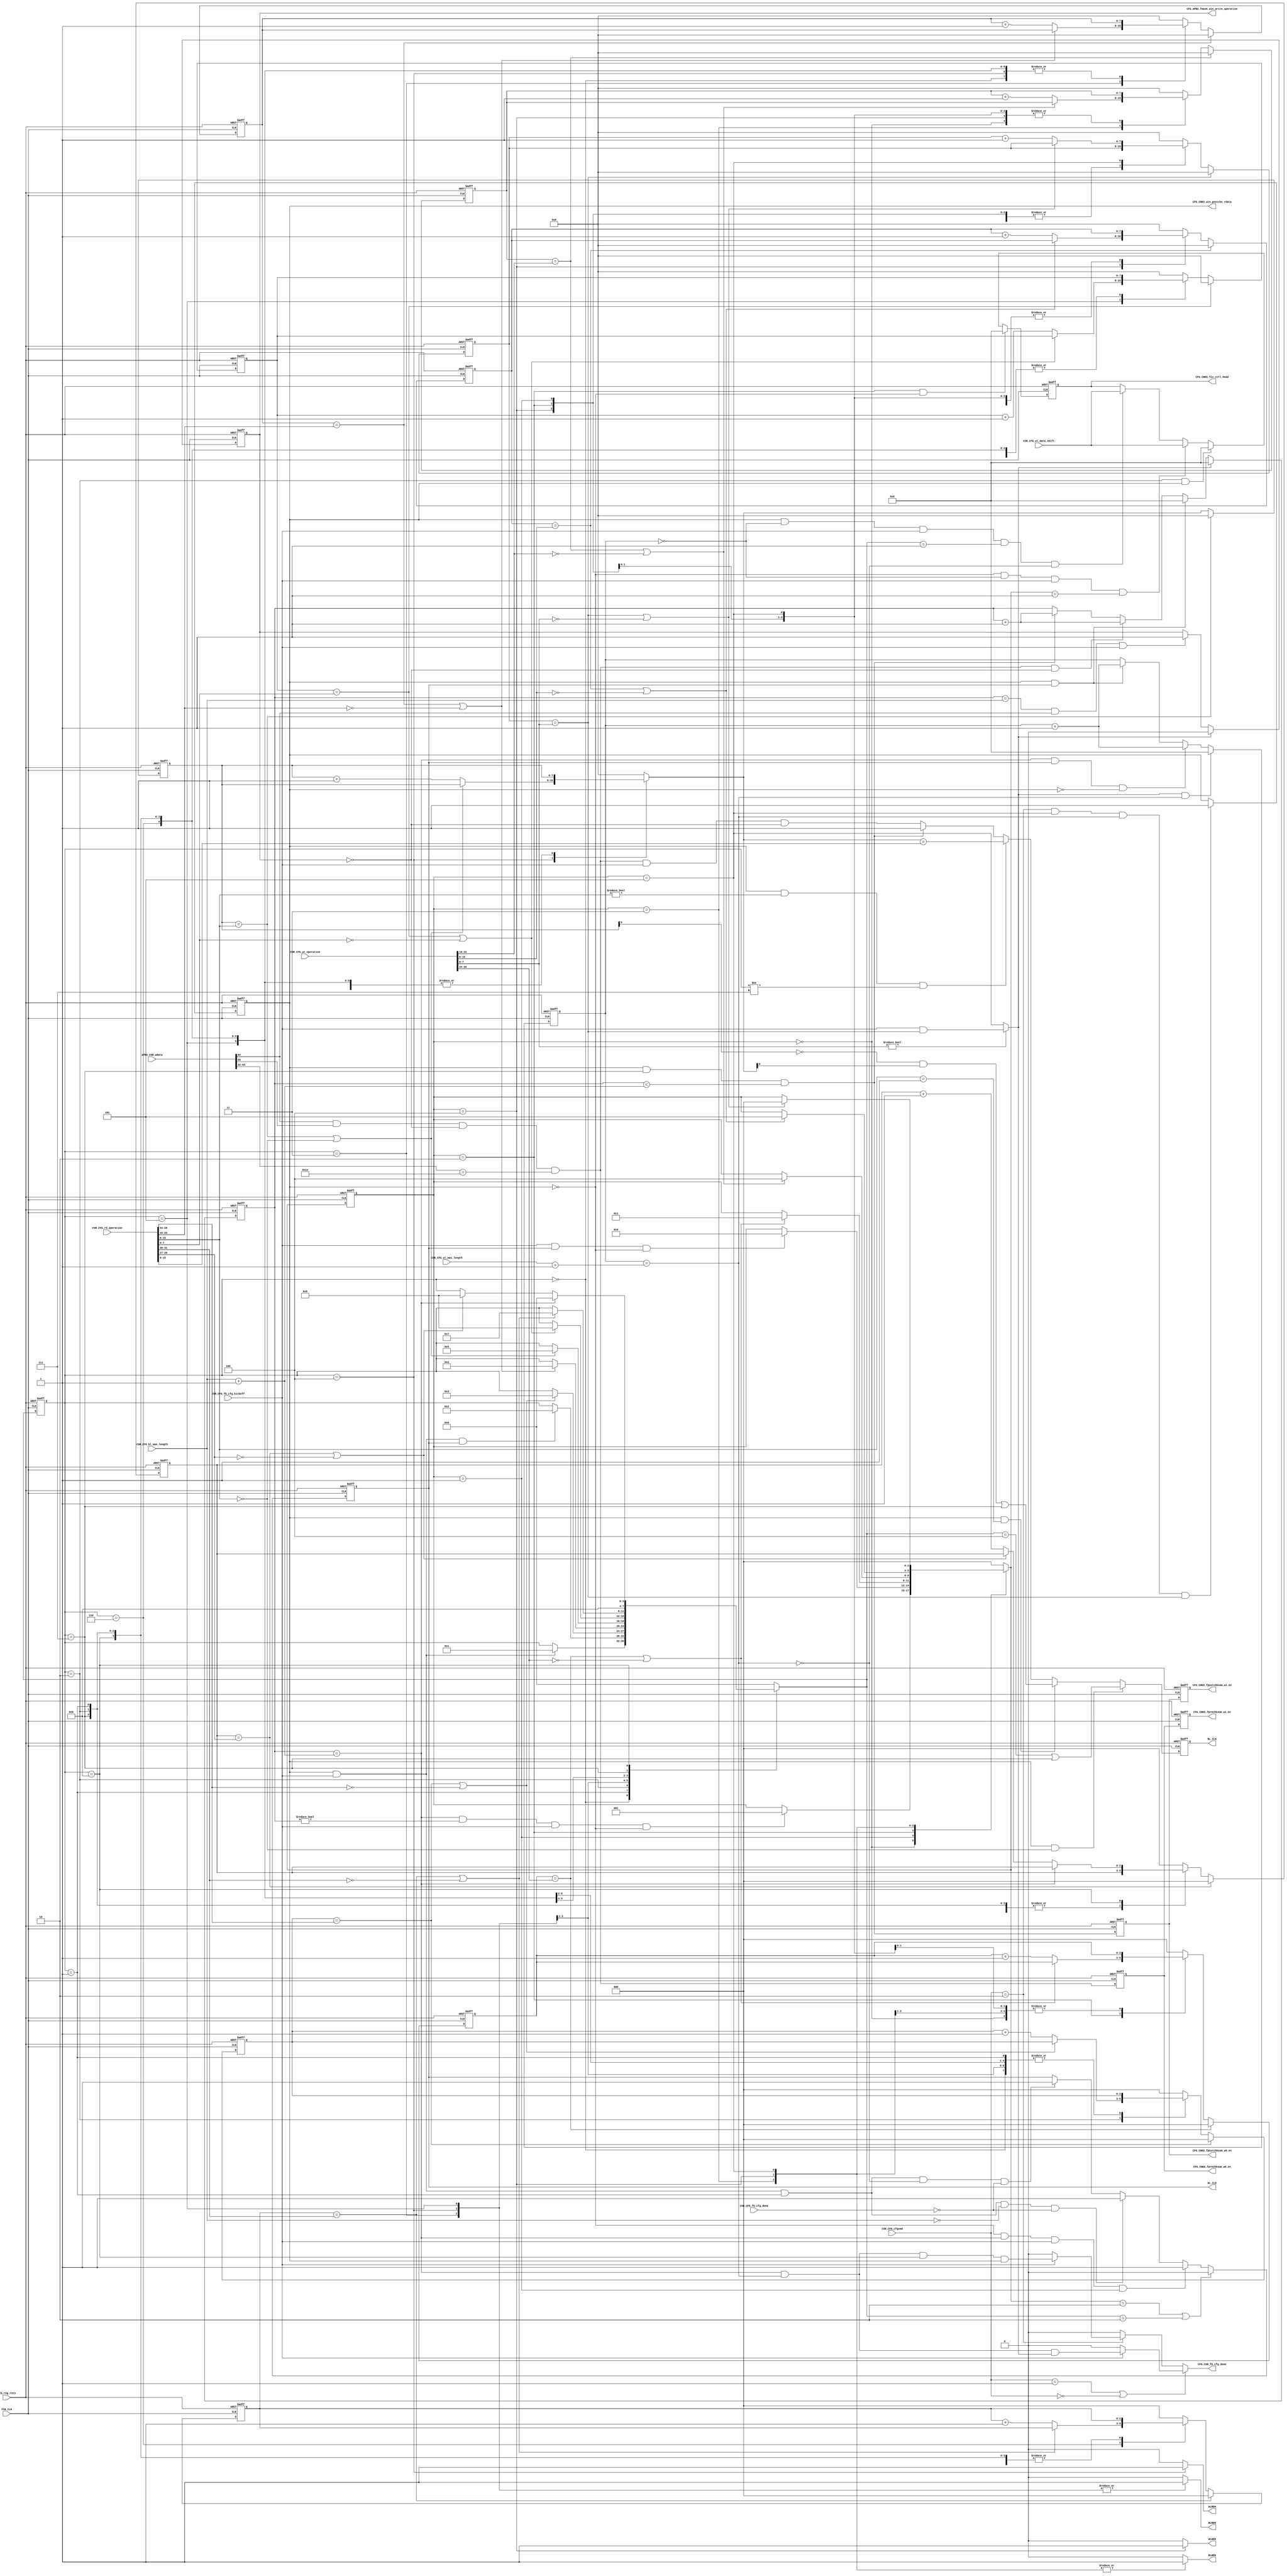
`timescale 1ns/10ps

module FCB_CFG (
  input  wire FCB_CLK,
  input  wire fcb_reg_rstn,
  input  wire [66:0] APBS_CSR_wdata,
  input  wire        CSR_CFG_fb_cfg_kickoff,  
  input  wire        CSR_CFG_fb_cfg_done,  
  input  wire [31:0] CSR_CFG_bl_max_length,
  input  wire [31:0] CSR_CFG_wl_max_length,
  input  wire [26:0] CSR_CFG_wt_operation,
  input  wire [31:0] CSR_CFG_rd_operation,
  input  wire [31:0] CSR_CFG_wl_data_shift,
  input  wire [ 1:0] CSR_CFG_cfgcmd,       

  output wire CFG_CHKS_win_postchs_rdata,
  output wire CFG_CSR_fb_cfg_done,
  output wire CFG_CHKS_fprechksum_w0_en, 
  output wire CFG_CHKS_fprechksum_w1_en, 
  output wire CFG_CHKS_fpostchksum_w0_en, 
  output wire CFG_CHKS_fpostchksum_w1_en, 
  output wire CFG_APBS_fmask_win_write_operation, 
  output wire [31:0] CFG_CHKS_fis_ctrl_head, 
  
  output wire BL_CLK,
  output wire BLWEN,
  output wire BLREN,
  output wire WL_CLK,
  output wire WLWEN,
  output wire WLREN

);

localparam CK2Q = 0.01;

localparam BL_MAX_LENGTH  = 8'h10;
localparam WL_MAX_LENGTH  = 8'h14;
localparam WT_OPERATION   = 8'h18;
localparam RD_OPERATION   = 8'h1C;
localparam BL_DATA_SHIFT  = 8'h1E;
localparam WL_DATA_SHIFT  = 8'h1F;

localparam [2:0]  S_WIDLE   = 3'h0, 
                  S_WWLCLK  = 3'h1, 
                  S_SUBLWEN = 3'h2, 
                  S_WSU     = 3'h3, 
                  S_WRITE   = 3'h4, 
                  S_WHD     = 3'h5; 

localparam [3:0]  S_RIDLE   = 4'h0, 
                  S_RWLCLK  = 4'h1, 
                  S_SUBLREN = 4'h2, 
                  S_RSU     = 4'h3, 
                  S_READ    = 4'h4,
                  S_RHD     = 4'h5, 
                  S_RBLCLKSU= 4'h6, 
                  S_RBLCLK  = 4'h7, 
                  S_RBLCLKHD= 4'h8; 

wire         apbs_psel    = APBS_CSR_wdata[66];
wire         apbs_pwrite  = APBS_CSR_wdata[65];
wire         apbs_penable = APBS_CSR_wdata[64];
wire  [31:0] apbs_paddr   = APBS_CSR_wdata[63:32];
wire  [31:0] apbs_pwdata  = APBS_CSR_wdata[31:0];

wire [2:0] csr_tsublwen = CSR_CFG_wt_operation[26:24];
wire [7:0] csr_twsu     = CSR_CFG_wt_operation[23:16];
wire [7:0] csr_twrite   = CSR_CFG_wt_operation[15:8];
wire [7:0] csr_twhd     = CSR_CFG_wt_operation[7:0]; 

wire [1:0] csr_trblclksu= CSR_CFG_rd_operation[31:30];
wire [2:0] csr_trblclkhd= CSR_CFG_rd_operation[29:27];
wire [2:0] csr_tsublren = CSR_CFG_rd_operation[26:24];
wire [7:0] csr_trsu     = CSR_CFG_rd_operation[23:16];
wire [7:0] csr_tread    = CSR_CFG_rd_operation[15:8];
wire [7:0] csr_trhd     = CSR_CFG_rd_operation[7:0]; 


wire  disable_chksum = CSR_CFG_cfgcmd==2'h0; 
wire  pre_chksum_en  = CSR_CFG_cfgcmd==2'h1; 
wire  post_chksum_en = CSR_CFG_cfgcmd==2'h2; 

reg fis_read_operation;
reg fmask_win_write_operation;

wire apbs_wr_en  = apbs_penable & apbs_pwrite & ~fmask_win_write_operation;


// WRITE OPERATION

reg [2:0] nxt_sublwen_cnt, fsublwen_cnt; 
always@(posedge FCB_CLK or negedge fcb_reg_rstn) begin
  if (~fcb_reg_rstn) 
    fsublwen_cnt <= #CK2Q 3'h0;
  else if (fsublwen_cnt == csr_tsublwen)  
    fsublwen_cnt <= #CK2Q 3'h0;
  else  
    fsublwen_cnt <= #CK2Q nxt_sublwen_cnt;
end

reg [7:0] nxt_wsu_cnt, fwsu_cnt; 
always@(posedge FCB_CLK or negedge fcb_reg_rstn) begin
  if (~fcb_reg_rstn) 
    fwsu_cnt<= #CK2Q 8'h0;
  else if (fwsu_cnt == csr_twsu)  
    fwsu_cnt <= #CK2Q 8'h0;
  else  
    fwsu_cnt <= #CK2Q nxt_wsu_cnt;
end

reg [7:0] nxt_write_cnt, fwrite_cnt; 
always@(posedge FCB_CLK or negedge fcb_reg_rstn) begin
  if (~fcb_reg_rstn) 
    fwrite_cnt<= #CK2Q 8'h0;
  else if (fwrite_cnt == csr_twrite)  
    fwrite_cnt <= #CK2Q 8'h0;
  else  
    fwrite_cnt <= #CK2Q nxt_write_cnt;
end

reg [7:0] nxt_whd_cnt, fwhd_cnt; 
always@(posedge FCB_CLK or negedge fcb_reg_rstn) begin
  if (~fcb_reg_rstn) 
    fwhd_cnt<= #CK2Q 8'h0;
  else if (fwhd_cnt==csr_twhd) 
    fwhd_cnt <= #CK2Q 8'h0;
  else
    fwhd_cnt <= #CK2Q nxt_whd_cnt;
end

reg fis_wl_clk; 

reg [31:0] fwl_cnt;
reg [31:0] fbl_cnt;
reg [2:0] write_operation_ns, fwrite_operation_cs;  
reg [3:0] read_operation_ns, fread_operation_cs;  

wire is_write_operation_done = (csr_twhd != 8'h0) ? CSR_CFG_fb_cfg_kickoff & (fwhd_cnt==csr_twhd)
                                                  : fwrite_operation_cs==S_WHD; 

wire is_final_write_operation_done = is_write_operation_done & fwl_cnt==CSR_CFG_wl_max_length+'h1;

wire is_final_read_operation       = fwl_cnt==CSR_CFG_wl_max_length+'h1;

always@(posedge FCB_CLK or negedge fcb_reg_rstn) begin : IS_WL_CLK
  if (~fcb_reg_rstn)
    fis_wl_clk <= #CK2Q 1'b0;
  else if (write_operation_ns==S_SUBLWEN | read_operation_ns==S_SUBLREN)
    fis_wl_clk <= #CK2Q 1'b0;
  else if (~fis_read_operation & fbl_cnt==CSR_CFG_bl_max_length+'h1 & CSR_CFG_fb_cfg_kickoff & fwrite_operation_cs==S_WWLCLK)
    fis_wl_clk <= #CK2Q 1'b1;
  else if (fis_read_operation & CSR_CFG_fb_cfg_kickoff & fread_operation_cs==S_RWLCLK & CSR_CFG_bl_max_length=='h0 & ~CSR_CFG_fb_cfg_done)
    fis_wl_clk <= #CK2Q 1'b1;
  else if (fis_read_operation & CSR_CFG_fb_cfg_kickoff & fread_operation_cs==S_RWLCLK & ~is_final_read_operation & ~CSR_CFG_fb_cfg_done)
    fis_wl_clk <= #CK2Q 1'b1;
end 

reg [31:0] fis_ctrl_head;
assign CFG_CHKS_fis_ctrl_head = fis_ctrl_head; 

always@(posedge FCB_CLK or negedge fcb_reg_rstn) begin 
  if (~fcb_reg_rstn)
    fis_ctrl_head <= #CK2Q 32'h0;
  else if (fwrite_operation_cs==S_SUBLWEN & ~fis_read_operation)
    fis_ctrl_head <= #CK2Q 32'h0;
  else if (fread_operation_cs==S_SUBLREN & fis_read_operation)
    fis_ctrl_head <= #CK2Q 32'h0;
  else if (~fis_read_operation & fwl_cnt==32'h0 & CSR_CFG_fb_cfg_kickoff & write_operation_ns==S_WWLCLK)
    fis_ctrl_head <= #CK2Q CSR_CFG_wl_data_shift;
  else if (fis_read_operation & fwl_cnt==32'h0 & CSR_CFG_fb_cfg_kickoff & read_operation_ns==S_RWLCLK & ~is_final_read_operation)
    fis_ctrl_head <= #CK2Q CSR_CFG_wl_data_shift;
end 

always@(posedge FCB_CLK or negedge fcb_reg_rstn) begin : WT_OP_STM_FF
  if (~fcb_reg_rstn) begin
    fwrite_operation_cs <= #CK2Q 3'h0;
  end else begin
    fwrite_operation_cs <= #CK2Q write_operation_ns;
  end  
end

reg bl_wen;
reg wl_wen;

always@(*) begin : WT_OP_STM_COMB
  write_operation_ns = fwrite_operation_cs ;
  bl_wen = 1'b0;
  wl_wen = 1'b0;
  nxt_sublwen_cnt = fsublwen_cnt;
  nxt_wsu_cnt     = fwsu_cnt;
  nxt_write_cnt   = fwrite_cnt; 
  nxt_whd_cnt     = fwhd_cnt;
  case (fwrite_operation_cs) 
  S_WIDLE: begin
    bl_wen = 1'b0;
    wl_wen = 1'b0;
    if (fbl_cnt==CSR_CFG_bl_max_length+'h1 & fbl_cnt!=32'h0 & CSR_CFG_fb_cfg_kickoff & ~fis_read_operation) 
      write_operation_ns = S_WWLCLK;
  end        
  S_WWLCLK: begin
      bl_wen = 1'b0;
      wl_wen = 1'b0;
    if (CSR_CFG_fb_cfg_kickoff & fis_wl_clk & ~fis_read_operation ) 
      write_operation_ns = S_SUBLWEN;
  end
  S_SUBLWEN: begin
      bl_wen = 1'b0;
      wl_wen = 1'b0;
      if (fsublwen_cnt==csr_tsublwen || csr_tsublwen=='h0 ) 
      write_operation_ns = S_WSU;
    else
      nxt_sublwen_cnt = fsublwen_cnt + 3'h1;
  end
  S_WSU: begin
      bl_wen = 1'b1;
      wl_wen = 1'b0;
    if (fwsu_cnt == csr_twsu || csr_twsu=='h0) 
      write_operation_ns = S_WRITE;
    else
      nxt_wsu_cnt = fwsu_cnt + 8'h1;
  end
  S_WRITE: begin
      bl_wen = 1'b1;
      wl_wen = 1'b1;
      if (fwrite_cnt==csr_twrite || csr_twrite=='h0) 
      write_operation_ns = S_WHD;
    else
      nxt_write_cnt = fwrite_cnt + 8'h1; 
  end
  S_WHD: begin
    bl_wen = 1'b1;
    wl_wen = 1'b0;
    if (fwhd_cnt==csr_twhd || csr_twhd=='h0) 
      write_operation_ns = S_WIDLE;
    else  
      nxt_whd_cnt = fwhd_cnt + 8'h1;
  end
  default: begin
      write_operation_ns = S_WIDLE;
      bl_wen = 1'b0;
      wl_wen = 1'b0;
      nxt_sublwen_cnt = 3'h0;
      nxt_wsu_cnt     = 8'h0;
      nxt_write_cnt   = 8'h0; 
      nxt_whd_cnt     = 8'h0;
  end    
  endcase  
end


// READ OPERATION

reg [2:0] nxt_sublren_cnt, fsublren_cnt; 
always@(posedge FCB_CLK or negedge fcb_reg_rstn) begin
  if (~fcb_reg_rstn) 
    fsublren_cnt <= #CK2Q 3'h0;
  else if (fsublren_cnt == csr_tsublren)  
    fsublren_cnt <= #CK2Q 3'h0;
  else  
    fsublren_cnt <= #CK2Q nxt_sublren_cnt ;
end

reg [7:0] nxt_rsu_cnt, frsu_cnt; 
always@(posedge FCB_CLK or negedge fcb_reg_rstn) begin
  if (~fcb_reg_rstn) 
    frsu_cnt<= #CK2Q 8'h0;
  else if (frsu_cnt == csr_trsu)  
    frsu_cnt <= #CK2Q 8'h0;
  else  
    frsu_cnt <= #CK2Q nxt_rsu_cnt;
end

reg [7:0] nxt_read_cnt, fread_cnt; 
always@(posedge FCB_CLK or negedge fcb_reg_rstn) begin
  if (~fcb_reg_rstn) 
    fread_cnt<= #CK2Q 8'h0;
  else if (fread_cnt == csr_tread)  
    fread_cnt <= #CK2Q 8'h0;
  else  
    fread_cnt <= #CK2Q nxt_read_cnt;
end

reg [7:0] nxt_rhd_cnt, frhd_cnt; 
always@(posedge FCB_CLK or negedge fcb_reg_rstn) begin
  if (~fcb_reg_rstn) 
    frhd_cnt<= #CK2Q 8'h0;
  else if (frhd_cnt == csr_trhd)  
    frhd_cnt <= #CK2Q 8'h0;
  else  
    frhd_cnt <= #CK2Q nxt_rhd_cnt;
end

reg [2:0] nxt_rblclksu_cnt, frblclksu_cnt; 
always@(posedge FCB_CLK or negedge fcb_reg_rstn) begin
  if (~fcb_reg_rstn) 
    frblclksu_cnt<= #CK2Q 3'h0;
  else if (frblclksu_cnt == csr_trblclksu)  
    frblclksu_cnt <= #CK2Q 3'h0;
  else  
    frblclksu_cnt <= #CK2Q nxt_rblclksu_cnt;
end

reg [2:0] nxt_rblclkhd_cnt, frblclkhd_cnt; 
always@(posedge FCB_CLK or negedge fcb_reg_rstn) begin
  if (~fcb_reg_rstn) 
    frblclkhd_cnt<= #CK2Q 3'h0;
  else if (frblclkhd_cnt == csr_trblclkhd)  
    frblclkhd_cnt <= #CK2Q 3'h0;
  else  
    frblclkhd_cnt <= #CK2Q nxt_rblclkhd_cnt;
end

always@(posedge FCB_CLK or negedge fcb_reg_rstn) begin : RD_OP_STM_FF
  if (~fcb_reg_rstn) begin
    fread_operation_cs <= #CK2Q 4'h0;
  end else begin
    fread_operation_cs <= #CK2Q read_operation_ns;
  end  
end


reg bl_ren;
reg wl_ren;

always@(*) begin : RD_OP_STM_COMB
  read_operation_ns = fread_operation_cs ;
  bl_ren = 1'b0;
  wl_ren = 1'b0;
  nxt_sublren_cnt = fsublren_cnt;
  nxt_rsu_cnt     = frsu_cnt;
  nxt_read_cnt    = fread_cnt; 
  nxt_rhd_cnt     = frhd_cnt;
  nxt_rblclksu_cnt= frblclksu_cnt;
  nxt_rblclkhd_cnt= frblclkhd_cnt;
  case (fread_operation_cs) 
  S_RIDLE: begin
    bl_ren = 1'b0;
    wl_ren = 1'b0;
    if (CSR_CFG_fb_cfg_kickoff & fis_read_operation)
      read_operation_ns = S_RWLCLK;
  end
  S_RWLCLK: begin
    bl_ren = 1'b0;
    wl_ren = 1'b0;
    if (CSR_CFG_fb_cfg_kickoff & fis_read_operation & fis_wl_clk)
      read_operation_ns = S_SUBLREN;
  end
  S_SUBLREN: begin
    bl_ren = 1'b0;
    wl_ren = 1'b0;
    if (fsublren_cnt==csr_tsublren || csr_tsublren=='h0) 
      read_operation_ns = S_RSU;
    else 
      nxt_sublren_cnt = fsublren_cnt + 3'h1;
  end
  S_RSU: begin
    bl_ren = 1'b1;
    wl_ren = 1'b0;
    if (frsu_cnt==csr_trsu || csr_trsu=='h0) 
      read_operation_ns = S_READ;
    else
      nxt_rsu_cnt = frsu_cnt + 8'h1;
  end
  S_READ: begin
    bl_ren = 1'b1;
    wl_ren = 1'b1;
    if (fread_cnt==csr_tread || csr_tread=='h0) 
      read_operation_ns = S_RHD;
    else
      nxt_read_cnt = fread_cnt + 8'h1; 
  end
  S_RHD: begin
    bl_ren = 1'b1;
    wl_ren = 1'b0;
    if (frhd_cnt==csr_trhd || csr_trhd=='h0) 
      read_operation_ns = S_RBLCLKSU;
    else
      nxt_rhd_cnt = frhd_cnt + 8'h1;
  end
  S_RBLCLKSU: begin
    bl_ren = 1'b0;
    wl_ren = 1'b0;
    if (frblclksu_cnt==csr_trblclksu  || csr_trblclksu=='h0) 
      read_operation_ns = S_RBLCLK;
    else
      nxt_rblclksu_cnt = frblclksu_cnt + 3'h1;
  end  
  S_RBLCLK: begin
    bl_ren = 1'b0;
    wl_ren = 1'b0;
    read_operation_ns = S_RBLCLKHD;
  end
  S_RBLCLKHD: begin
    bl_ren = 1'b0;
    wl_ren = 1'b0;
    if (fbl_cnt==CSR_CFG_bl_max_length+'h1)
      read_operation_ns = S_RIDLE;
    else if (frblclkhd_cnt==csr_trblclkhd || csr_trblclkhd=='h0) 
      read_operation_ns = S_RBLCLKSU;
    else
      nxt_rblclkhd_cnt = frblclkhd_cnt + 3'h1;
  end
  default: begin
    read_operation_ns = S_RIDLE;
    bl_ren = 1'b0;
    wl_ren = 1'b0;
    nxt_sublren_cnt = 3'h0;
    nxt_rsu_cnt     = 8'h0;
    nxt_read_cnt    = 8'h0; 
    nxt_rhd_cnt     = 8'h0;
    nxt_rblclksu_cnt = 3'h0;
    nxt_rblclkhd_cnt = 3'h0;
  end    
  endcase  
end


// CFG_DONE
reg  fis_bl_clk;

always@(posedge FCB_CLK or negedge fcb_reg_rstn) begin: BL_CNT
  if (~fcb_reg_rstn)
    fbl_cnt <= #CK2Q 32'h0;
  else if (is_write_operation_done) 
    fbl_cnt <= #CK2Q 32'h0;
  else if (fis_read_operation & WL_CLK) 
    fbl_cnt <= #CK2Q 32'h0;
  //vincent@20211116 else if ( apbs_wr_en & apbs_paddr==BL_DATA_SHIFT & ~fmask_win_write_operation)
  else if ( apbs_wr_en & apbs_paddr==BL_DATA_SHIFT & ~fmask_win_write_operation)
    fbl_cnt <= #CK2Q fbl_cnt + 32'h1;
  else if ( fis_read_operation & fread_operation_cs==S_RBLCLK & fbl_cnt< CSR_CFG_bl_max_length+'h1)
    fbl_cnt <= #CK2Q fbl_cnt + 32'h1;
end


always@(posedge FCB_CLK or negedge fcb_reg_rstn) begin: WL_CNT
  if (~fcb_reg_rstn)
    fwl_cnt <= #CK2Q 32'h0;
  else if (is_final_write_operation_done)
    fwl_cnt <= #CK2Q 32'h0;
  else if (fbl_cnt==CSR_CFG_bl_max_length+'h1 & fis_wl_clk & !fis_read_operation)
    fwl_cnt <= #CK2Q fwl_cnt + 32'h1;
  else if (fis_wl_clk & fis_read_operation)
    fwl_cnt <= #CK2Q fwl_cnt + 32'h1;
end


always@(posedge FCB_CLK or negedge fcb_reg_rstn)
  if (~fcb_reg_rstn)
    fis_read_operation <= #CK2Q 1'b0;
  else if ( post_chksum_en & fwrite_operation_cs==S_WHD & (fwl_cnt==CSR_CFG_wl_max_length+'h1) & fwhd_cnt==csr_twhd)
    fis_read_operation <= #CK2Q 1'b1 ;


wire is_wt_cfg_done = ((fbl_cnt==CSR_CFG_bl_max_length+'h1) && (fwl_cnt==CSR_CFG_wl_max_length+'h1)) && is_write_operation_done;
wire is_rb_cfg_done = CSR_CFG_wl_max_length!='h0 ? ((fbl_cnt==CSR_CFG_bl_max_length+'h1) && (fwl_cnt==CSR_CFG_wl_max_length+'h1)) 
                                                   && fread_operation_cs==S_RBLCLKHD  && fis_read_operation
                                                 : ((fbl_cnt==CSR_CFG_bl_max_length+'h1) && (fwl_cnt==CSR_CFG_wl_max_length+'h1))
                                                   && fread_operation_cs==S_RBLCLKHD  && fis_read_operation
                                                 ;

assign CFG_CSR_fb_cfg_done = (pre_chksum_en || disable_chksum) 
                             ? CSR_CFG_fb_cfg_kickoff ? is_wt_cfg_done 
                                                      : 1'b0 
                             : post_chksum_en ? CSR_CFG_fb_cfg_kickoff ? is_rb_cfg_done 
                                                                       : 1'b0
                                              : 1'b0;                      

assign CFG_CHKS_win_postchs_rdata = fis_read_operation;


// BL_CLK

assign BL_CLK = fis_bl_clk;

always@(posedge FCB_CLK or negedge fcb_reg_rstn) begin : IS_BL_CLK
  if (~fcb_reg_rstn)
   fis_bl_clk <= #CK2Q 1'b0;
  else if (fis_read_operation && csr_tread==8'h0) 
   fis_bl_clk <= #CK2Q (read_operation_ns==S_READ) | (fread_operation_cs==S_RBLCLK);
  else if (fis_read_operation && csr_tread==8'h1) 
    fis_bl_clk <= #CK2Q (!fread_cnt[0]&nxt_read_cnt[0]) | (fread_operation_cs==S_RBLCLK);

  else if (fis_read_operation & (csr_tread!=8'h0) & (fread_operation_cs!=S_RBLCLK)) 
   fis_bl_clk <= #CK2Q nxt_read_cnt==(csr_tread>>1); //bl_clk in period of read_operation
  else if (fis_read_operation & fread_operation_cs==S_RBLCLK & fbl_cnt<CSR_CFG_bl_max_length+'h1) 
    fis_bl_clk <= #CK2Q 1'b1; 
  else 
		fis_bl_clk <= #CK2Q apbs_wr_en & (apbs_paddr == BL_DATA_SHIFT) & CSR_CFG_fb_cfg_kickoff & ~fmask_win_write_operation;
end 


// WL_CLK
assign WL_CLK = fis_wl_clk;

//B/WLWEN & B/WREN
assign BLWEN = bl_wen;
assign WLWEN = wl_wen;
assign BLREN = bl_ren;
assign WLREN = wl_ren;

reg fprechksum_w0_en;
reg fprechksum_w0_en_dly1;

assign CFG_CHKS_fprechksum_w0_en = fprechksum_w0_en;
assign CFG_CHKS_fprechksum_w1_en = fprechksum_w0_en_dly1;

always@(posedge FCB_CLK or negedge fcb_reg_rstn) begin
  if (~fcb_reg_rstn) begin
   fprechksum_w0_en      <= #CK2Q 1'b0;
   fprechksum_w0_en_dly1 <= #CK2Q 1'b0;
  end else begin  
   fprechksum_w0_en      <= #CK2Q apbs_wr_en & (apbs_paddr == BL_DATA_SHIFT);
   fprechksum_w0_en_dly1 <= #CK2Q fprechksum_w0_en ;
  end 
end 

reg fpostchksum_w0_en, fpostchksum_w1_en;

assign CFG_CHKS_fpostchksum_w0_en = fpostchksum_w0_en;
assign CFG_CHKS_fpostchksum_w1_en = fpostchksum_w1_en;

always@(posedge FCB_CLK or negedge fcb_reg_rstn) begin
  if (~fcb_reg_rstn) begin
   fpostchksum_w0_en <= #CK2Q 1'b0;
   fpostchksum_w1_en <= #CK2Q 1'b0;
  end else begin  
   fpostchksum_w0_en <= #CK2Q (fis_read_operation & fread_operation_cs==S_RBLCLK & fbl_cnt<CSR_CFG_bl_max_length+'h1);
   fpostchksum_w1_en <= #CK2Q fpostchksum_w0_en ;
  end 
end 

// Link to PREADY 

always@(posedge FCB_CLK or negedge fcb_reg_rstn) begin
  if (~fcb_reg_rstn) 
    fmask_win_write_operation <= #CK2Q 1'b0;
  else if (is_write_operation_done)    
    fmask_win_write_operation <= #CK2Q 1'b0;
	else if ((fbl_cnt==CSR_CFG_bl_max_length) & apbs_penable & CSR_CFG_fb_cfg_kickoff)
    fmask_win_write_operation <= #CK2Q 1'b1;
end

assign CFG_APBS_fmask_win_write_operation = fmask_win_write_operation;  

endmodule